Leningradi_Edasi_toimetus, lk 204
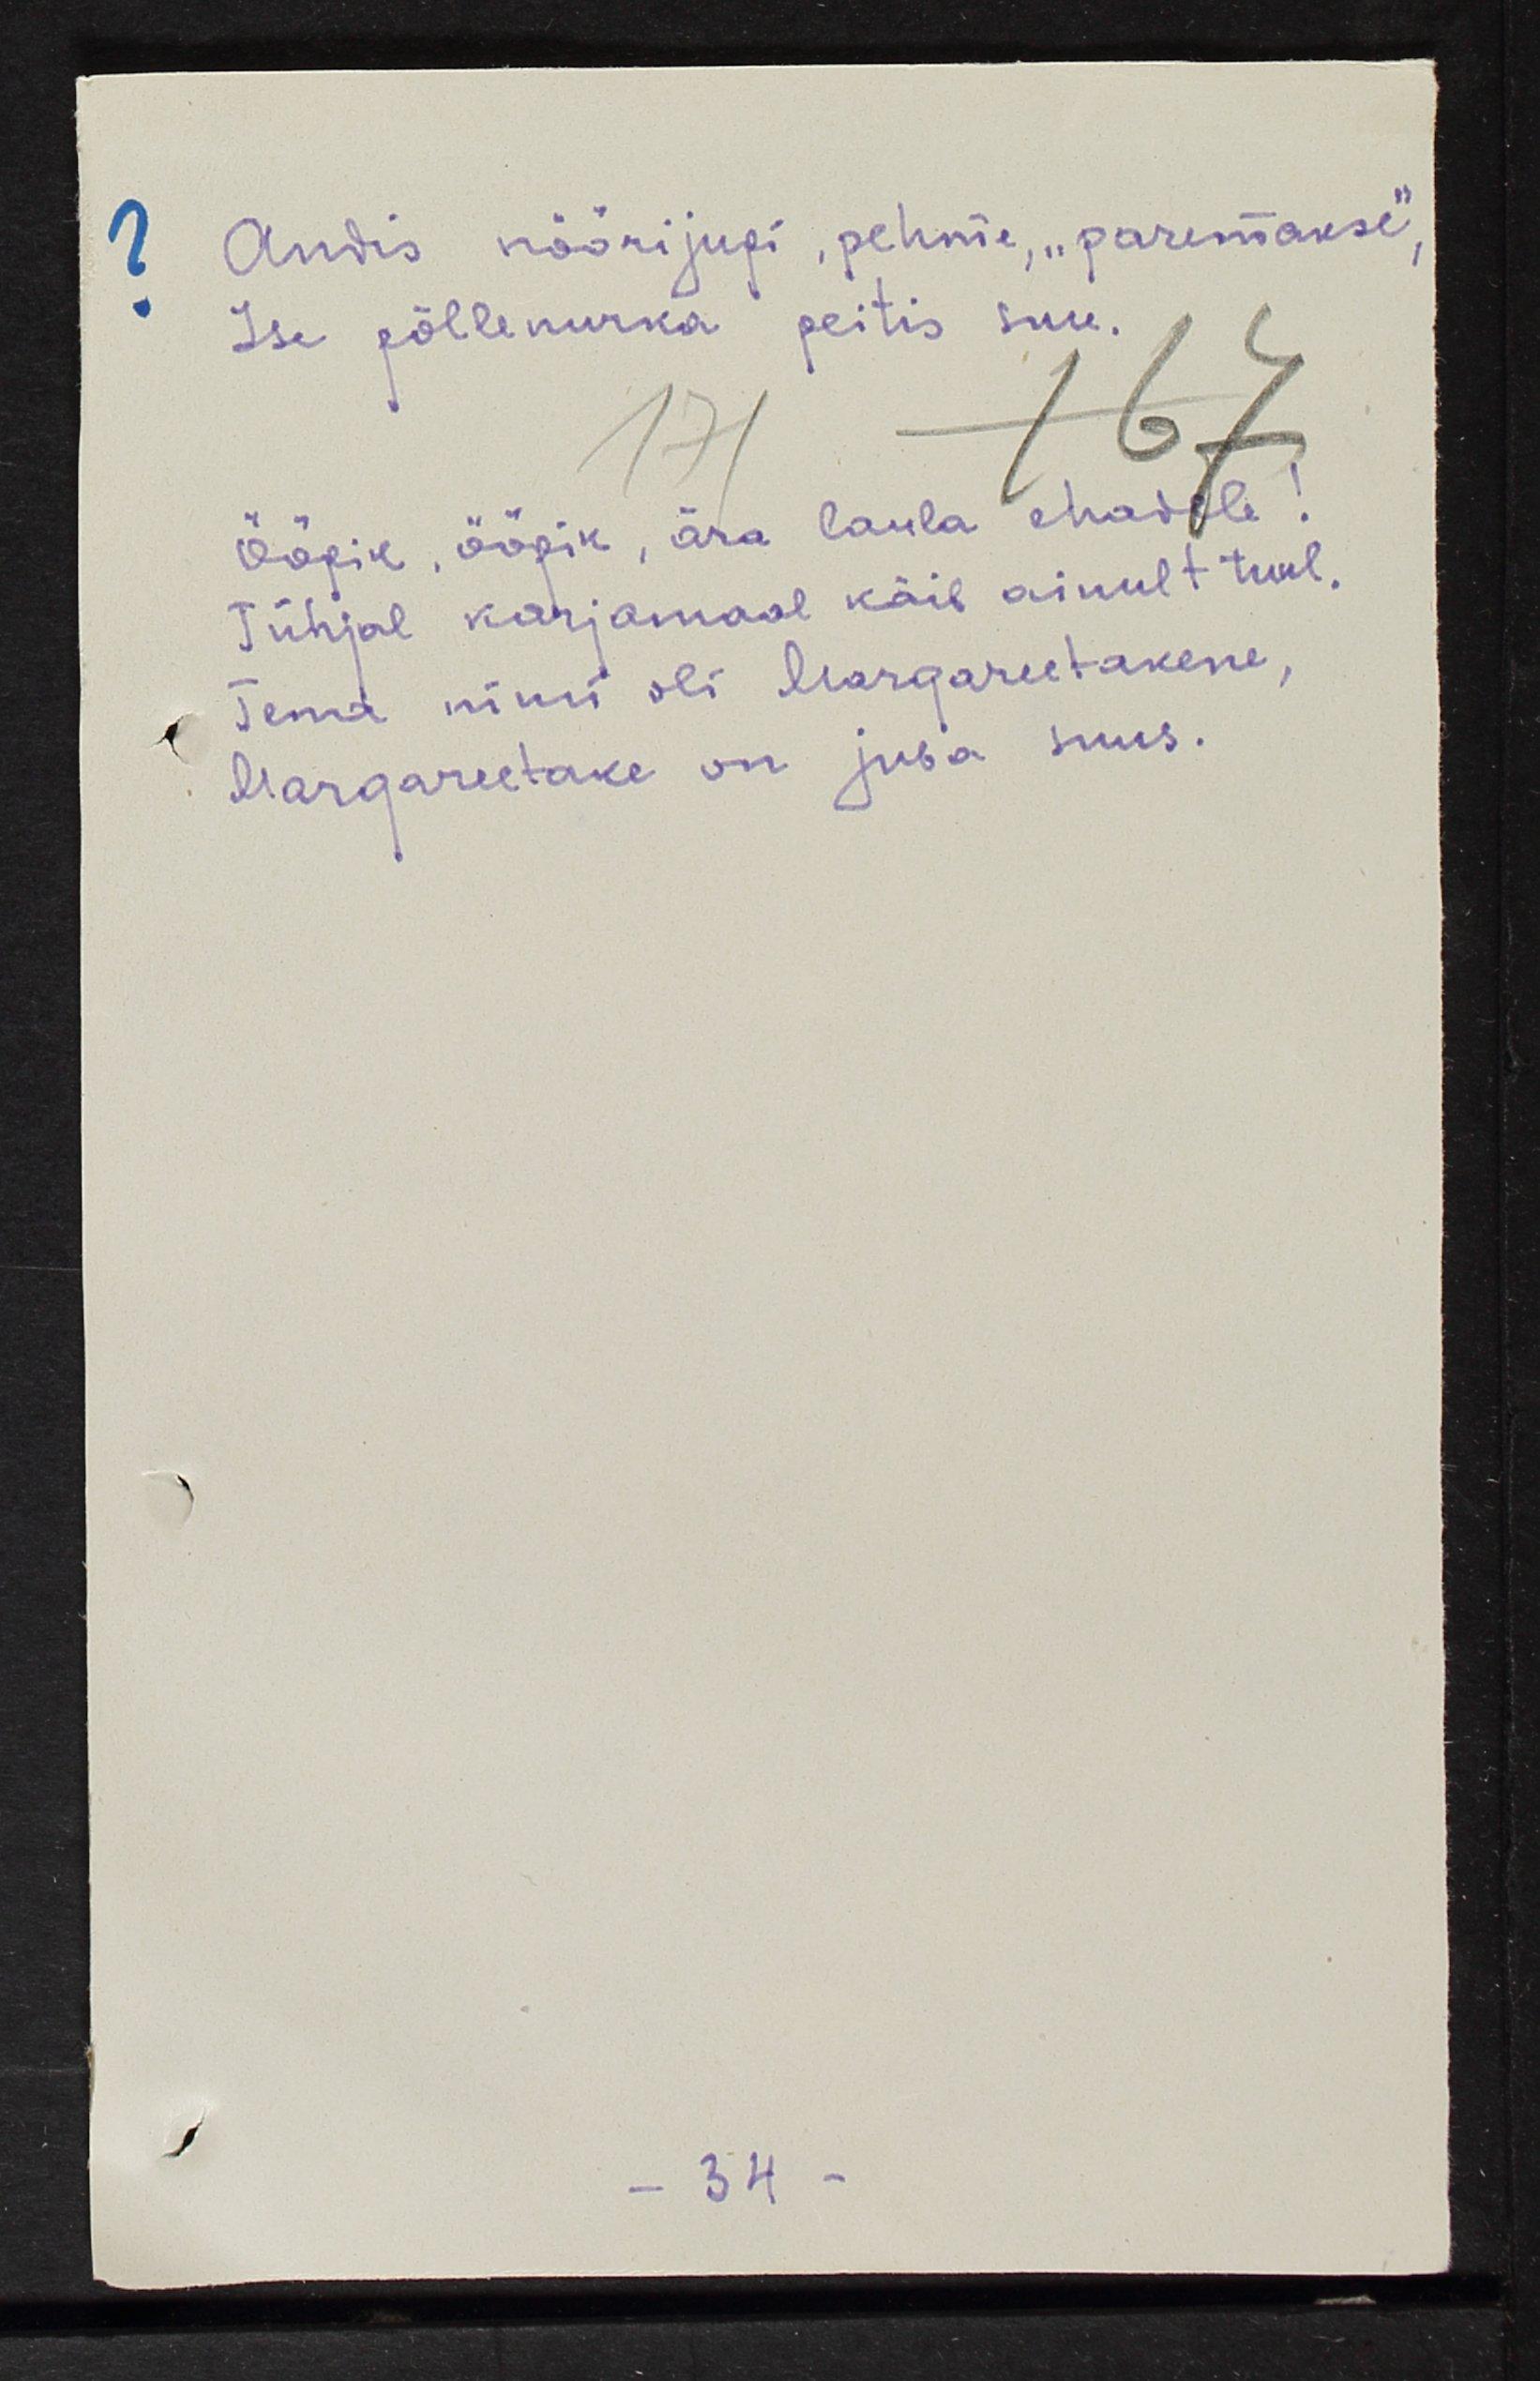
Andis nöörijupi, pehme, "paremakse",
Ise põllenurka peitis suu.
Ööpik, ööpik, ära laula ehadele!
Tühjal karjamaal käib ainult tuul.
Tema nimi oli Margareetakene,
Margareetakene on juba suus.